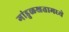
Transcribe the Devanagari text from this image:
गांडुळखतामध्ये